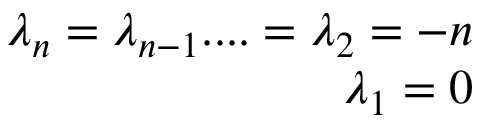
\begin{array} { r } { \lambda _ { n } = \lambda _ { n - 1 } . . . . = \lambda _ { 2 } = - n } \\ { \lambda _ { 1 } = 0 } \end{array}